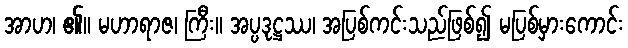
အာဟ၊ ၏။ မဟာရာဇ၊ ကြီး။ အပ္ပဒုဋ္ဌဿ၊ အပြစ်ကင်းသည်ဖြစ်၍ မပြစ်မှားကောင်း